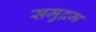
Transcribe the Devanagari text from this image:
समुद्रम